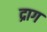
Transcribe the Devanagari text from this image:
द्राग